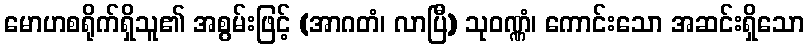
မောဟစရိုက်ရှိသူ၏ အစွမ်းဖြင့် (အာဂတံ၊ လာပြီ) သုဝဏ္ဏံ၊ ကောင်းသော အဆင်းရှိသော